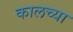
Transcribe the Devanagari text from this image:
कालच्या